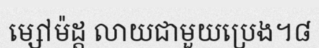
ម្សៅម៉ដ្ត លាយជាមួយប្រេង។៨